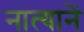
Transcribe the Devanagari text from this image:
नात्यानें